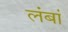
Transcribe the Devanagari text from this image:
लंबां